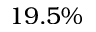
1 9 . 5 \%